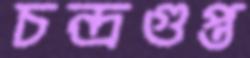
চন্দ্রগুপ্ত